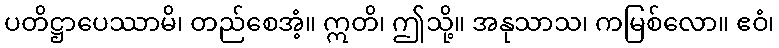
ပတိဋ္ဌာပေဿာမိ၊ တည်စေအံ့။ ဣတိ၊ ဤသို့။ အနုသာသ၊ ကမြစ်လော။ ဧဝံ၊